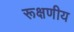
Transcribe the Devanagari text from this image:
रूक्षणीय